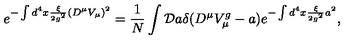
e ^ { - \int d ^ { 4 } x \frac { \xi } { 2 g ^ { 2 } } ( D ^ { \mu } V _ { \mu } ) ^ { 2 } } = \frac { 1 } { N } \int { \cal D } a \delta ( D ^ { \mu } V _ { \mu } ^ { g } - a ) e ^ { - \int d ^ { 4 } x \frac { \xi } { 2 g ^ { 2 } } a ^ { 2 } } ,